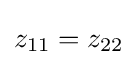
z_{11}=z_{22}